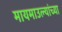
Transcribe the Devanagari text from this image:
मायमाउल्यांच्या